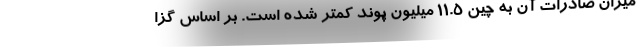
میزان صادرات آن به چین 11.5 میلیون پوند کمتر شده است. بر اساس گزا